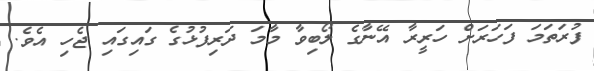
ފުރަތަމަ ފަހަރަށް ހަރީރާ އޭނާގެ ލޯބިވާ މާމަ ދަރިފުޅުގެ ގައިގައި ޖެހި އެވެ.